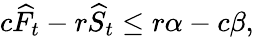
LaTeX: c\widehat{F}_{t}-r\widehat{S}_{t}\leq r\alpha-c\beta,